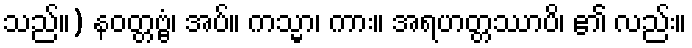
သည်။) နဝတ္တဗ္ဗံ၊ အပ်။ ကသ္မာ၊ ကား။ အရဟတ္တဿာပိ၊ ၏ လည်း။